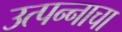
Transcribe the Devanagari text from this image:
उत्‍पन्‍नाचा